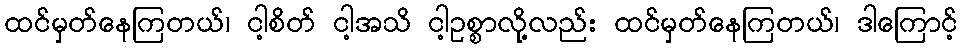
ထင်မှတ်နေကြတယ်၊ ငါ့စိတ် ငါ့အသိ ငါ့ဥစ္စာလို့လည်း ထင်မှတ်နေကြတယ်၊ ဒါကြောင့်